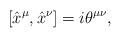
LaTeX: \begin{align*}[{\hat x}^\mu,{\hat x}^\nu]=i\theta^{\mu\nu},\end{align*}